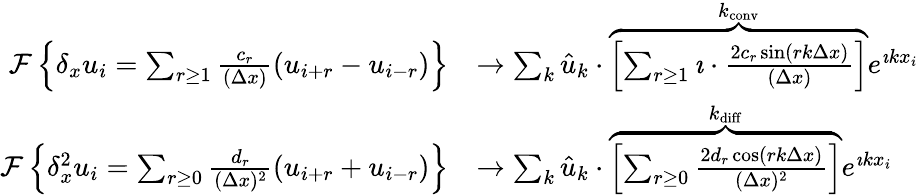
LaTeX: \begin{array}{r}{\begin{array}{rl}{\mathcal{F}\left\{ \delta_{x}u_{i}=\sum_{r\ge 1}\frac{c_{r}}{(\Delta x)}(u_{i+r}-u_{i-r})\right\} }&{\to\sum_{k}\hat{u}_{k}\cdot\overbrace{\left[\sum_{r\ge 1}\imath\cdot\frac{2c_{r}\sin(rk\Delta x)}{(\Delta x)}\right]}^{k_{\mathrm{conv}}}e^{\imath kx_{i}}}\\ {\mathcal{F}\left\{ \delta_{x}^{2}u_{i}=\sum_{r\ge 0}\frac{d_{r}}{(\Delta x)^{2}}(u_{i+r}+u_{i-r})\right\} }&{\to\sum_{k}\hat{u}_{k}\cdot\overbrace{\left[\sum_{r\ge 0}\frac{2d_{r}\cos(rk\Delta x)}{(\Delta x)^{2}}\right]}^{k_{\mathrm{diff}}}e^{\imath kx_{i}}}\end{array}}\end{array}